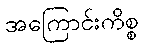
အကြောင်းကိစ္စ